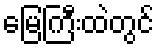
မြေကြီးထဲတွင်